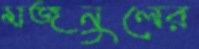
মজনুলের